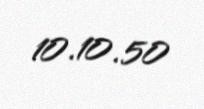
10.10.50